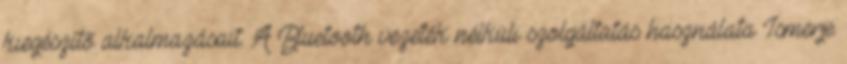
kiegészítő alkalmazásait. A Bluetooth vezeték nélküli szolgáltatás használata Ismerje